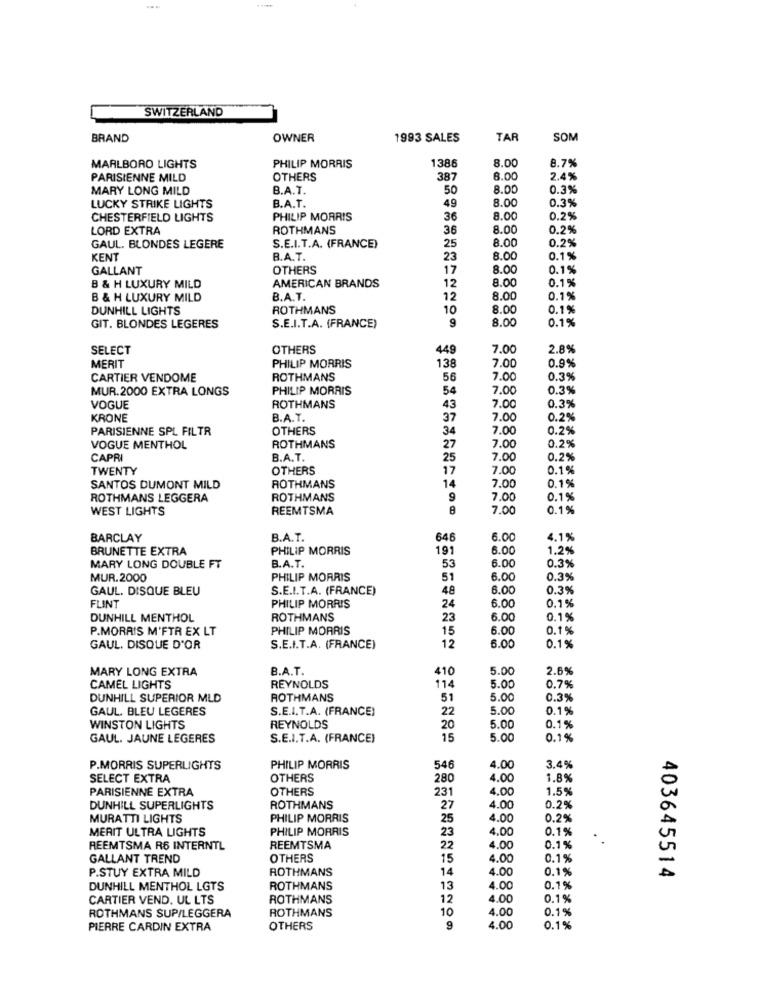
SWITZERLAND
BRAND
OWNER
1993 SALES
TAR
SOM
8.7%
MARLBORO LIGHTS
PHILIP MORRIS
1386
8.00
PARISIENNE MILD
OTHERS
387
3.00
2.4%
MARY LONG MILD
B.A.T.
50
8.00
0.3%
8.00
0.3%
LUCKY STRIKE LIGHTS
B.A.T.
49
CHESTERFIELD LIGHTS
PHILIP MORRIS
36
8.00
0.2%
LORD EXTRA
ROTHMANS
36
8.00
0.2%
S.E.I.T.A. (FRANCE)
8.00
0.2%
GAUL. BLONDES LEGERE
25
KENT
B.A.T.
23
8.00
0.1%
GALLANT
OTHERS
17
8.00
0.1%
8.00
0.1%
B & H LUXURY MILD
AMERICAN BRANDS
12
B & H LUXURY MILD
B.A.T.
12
8.00
0.1%
DUNHILL LIGHTS
ROTHMANS
10
8.00
0.1%
9
8.00
0.1%
GIT. BLONDES LEGERES
S.E.I.T.A. (FRANCE)
SELECT
OTHERS
449
7.00
2.8%
MERIT
7.00
PHILIP MORRIS
138
0.9%
CARTIER VENDOME
ROTHMANS
56
7.00
0.3%
MUR.2000 EXTRA LONGS
PHILIP MORRIS
54
7.00
0.3%
0.3%
VOGUE
ROTHMANS
43
7.00
KRONE
B.A.T.
37
7.00
0.2%
PARISIENNE SPL FILTR
OTHERS
34
7.00
0.2%
VOGUE MENTHOL
ROTHMANS
27
7.00
0.2%
CAPRI
B.A.T.
25
7.00
0.2%
TWENTY
OTHERS
17
7.00
0.1%
14
7.00
SANTOS DUMONT MILD
ROTHMANS
0.1%
ROTHMANS LEGGERA
ROTHMANS
9
7.00
0.1%
WEST LIGHTS
REEMTSMA
8
7.00
0.1%
BARCLAY
B.A.T.
646
6.00
4.1%
BRUNETTE EXTRA
PHILIP MORRIS
191
6.00
1.2%
6.00
0.3%
MARY LONG DOUBLE FT
B.A.T.
53
MUR.2000
PHILIP MORRIS
51
6.00
0.3%
GAUL. DISQUE BLEU
S.E.I.T.A. (FRANCE)
48
6.00
0.3%
FLINT
6.00
PHILIP MORRIS
24
0.1%
DUNHILL MENTHOL
ROTHMANS
23
6.00
0.1%
P.MORRIS M'FTR EX LT
PHILIP MORRIS
15
6.00
0.1%
GAUL. DISQUE D'OR
S.E.I.T.A. (FRANCE)
12
6.00
0.1%
MARY LONG EXTRA
B.A.T.
410
5.00
2.6%
0.7%
CAMEL LIGHTS
REYNOLDS
114
5.00
DUNHILL SUPERIOR MLD
ROTHMANS
51
5.00
0.3%
GAUL. BLEU LEGERES
S.E.I.T.A. (FRANCE)
22
5.00
0.1%
WINSTON LIGHTS
REYNOLDS
20
5.0
0.1%
GAUL. JAUNE LEGERES
S.E.I.T.A. (FRANCE)
15
5.00
0.1%
P.MORRIS SUPERLIGHTS
PHILIP MORRIS
546
4.00
3.4%
SELECT EXTRA
OTHERS
280
4.00
1.8%
PARISIENNE EXTRA
OTHERS
231
4.00
1.5%
DUNHILL SUPERLIGHTS
ROTHMANS
27
4.00
0.2%
MURATTI LIGHTS
PHILIP MORRIS
25
4.00
0.2%
MERIT ULTRA LIGHTS
PHILIP MORRIS
23
1.00
0.1%
REEMTSMA R6 INTERNTL
REEMTSMA
22
1.00
0.1%
GALLANT TREND
OTHERS
15
1.00
0.1%
P.STUY EXTRA MILD
ROTHMANS
14
1.00
0.1%
403645514
DUNHILL MENTHOL LGTS
ROTHMANS
13
4.00
0.19
CARTIER VEND. UL LTS
ROTHMANS
12
4.00
0.1%
ROTHMANS
10
4.00
0.1%
ROTHMANS SUP/LEGGERA
PIERRE CARDIN EXTRA
OTHERS
4.00
0.1%